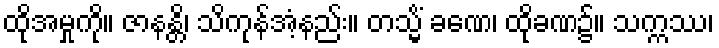
ထိုအမှုကို။ ဇာနန္တိ၊ သိကုန်အံ့နည်း။ တသ္မိံ ခဏေ၊ ထိုခဏ၌။ သက္ကဿ၊